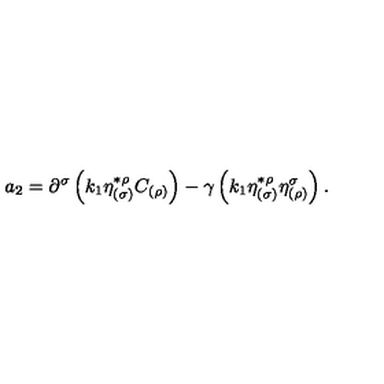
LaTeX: a _ { 2 } = \partial ^ { \sigma } \left( k _ { 1 } \eta _ { ( \sigma ) } ^ { * \rho } C _ { ( \rho ) } \right) - \gamma \left( k _ { 1 } \eta _ { ( \sigma ) } ^ { * \rho } \eta _ { ( \rho ) } ^ { \sigma } \right) .